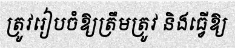
ត្រូវរៀបចំឱ្យត្រឹមត្រូវ និងធ្វើឱ្យ